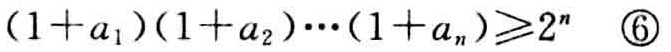
\((1 + a_1)(1 + a_2)\cdots(1 + a_n)\geq2^n\quad \textcircled{6}\)